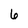
Character: 6